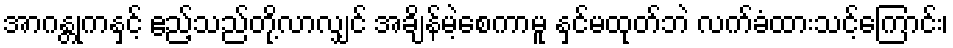
အာဂန္တုကနှင့် ဧည့်သည်တို့လာလျှင် အချိန်မဲ့စေကာမူ နှင်မထုတ်ဘဲ လက်ခံထားသင့်ကြောင်း၊